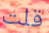
قلت